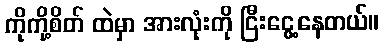
ကိုကို့စိတ် ထဲမှာ အားလုံးကို ငြီးငွေ့နေတယ်။